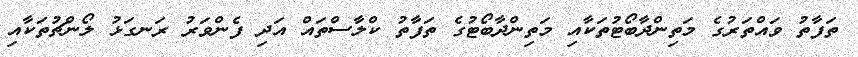
ތަފާތު ވައްތަރުގެ މަތިންދާބޯޓުތަކާއި މަތިންދާބޯޓުގެ ތަފާތު ކްލާސްތައް އަދި ފެންވަރު ރަނގަޅު ލޯންޗުތަކާއި